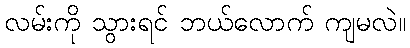
လမ်းကို သွားရင် ဘယ်လောက် ကျမလဲ။